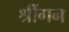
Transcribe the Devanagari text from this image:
श्रींगन